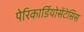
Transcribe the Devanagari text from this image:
पेरिकार्डियोसेंटेसिस